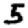
Digit: 5